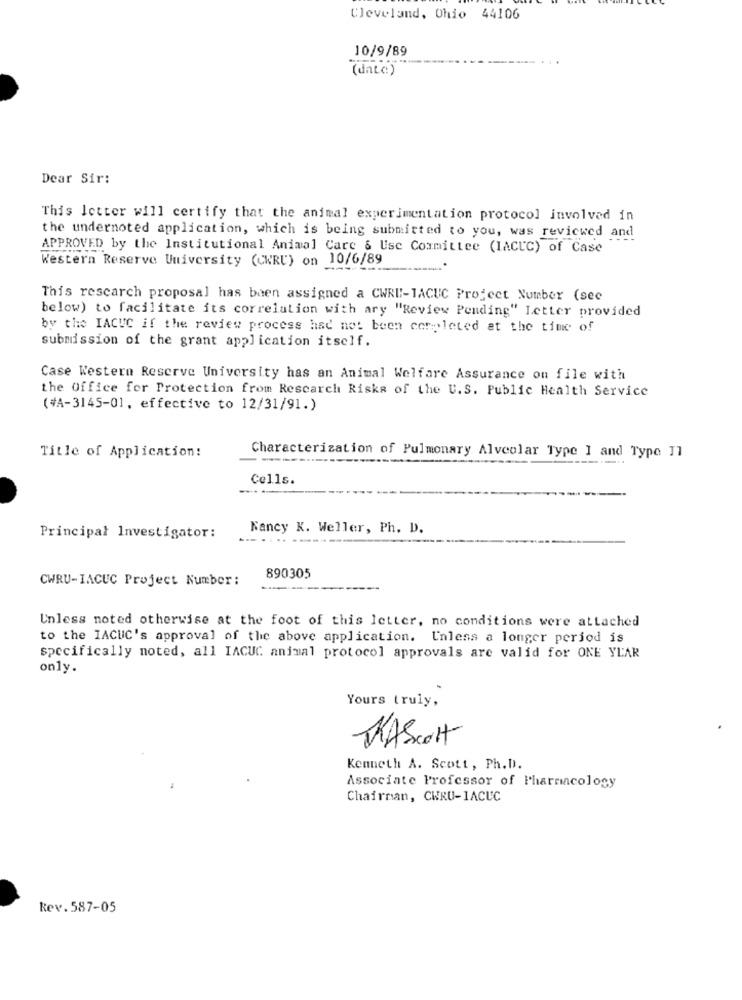
Cleveland, Ohio 44106
10/9/89
( unic )
Dear Sir:
This letter will certify that the animal experimentation protocol involved in
the undernoted application, which is being submitted to you, was reviewed and
APPROVED by the Institutional Animal Care & Use Committee (IACUC) of Case
Western Reserve University (CKRU) on 10/6/89
This research proposal has been assigned a CWRI !- TACUC Project Number (sec
below) to facilitate its correlation with ary "Review Pending" Letter provided
by the IACUC if the review process had not been completed at the time of
submission of the grant application itself.
Case Western Reserve University has an Animal Welfare Assurance on file with
the Office for Protection from Rescarch Risks of the U.S. Public Health Service
(#A-3145-01, effective to 12/31/91.)
Title of Application:
Characterization of Pulmonary Alveolar Type ] and Type 11
Cells.
Nancy K. Weller, Ph. D.
Principal Investigator:
........-
CWRU-IACUC Project Number:
890305
-------
Unless noted otherwise at the foot of this letter, no conditions were attached
to the IACUC's approval of the above application. Unless a longer period is
specifically noted, all IACUC animal protocol approvals are valid for ONE YEAR
only.
Yours truly,
MAScott
Kenneth A. Scott, Ph.D.
Associate Professor of Pharmacology
Chairman, CHRU-1ACUC
Rev.587-05